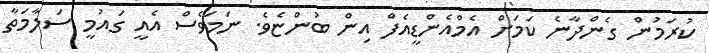
ކުރަމުން ގެންދާނެ ކަމަށް އެމްއެންޑީއެފް އިން ބުންޏެވެ. ނަމަވެސް އެއީ ގައުމީ ސަލާމަތާ